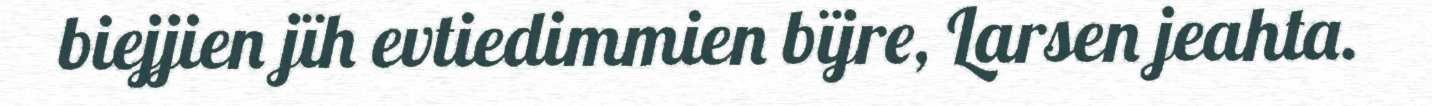
biejjien jïh evtiedimmien bïjre, Larsen jeahta.